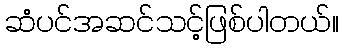
ဆံပင်အဆင်သင့်ဖြစ်ပါတယ်။